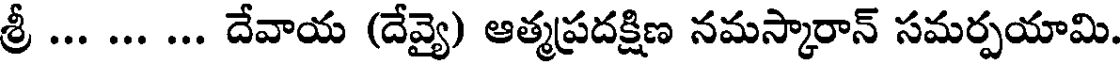
శ్రీ ... ... ... దేవాయ (దేవ్యై) ఆత్మప్రదక్షిణ నమస్కారాన్ సమర్పయామి.